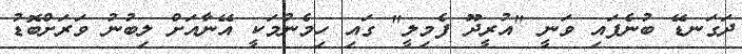
ދަގަނޑޭ ބުނެފައި ވަނީ "އުރީދޫ ފެމިލީ" ގައި ހިމެނުމަކީ އޭނާއަށް ލިބުނު ވަރަށްބޮޑު